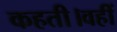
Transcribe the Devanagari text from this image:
कहती।वहीं